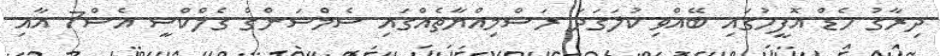
ދިރާގު ހެޑް އޮފީހުގައި ބޭއްވި ކުލަގަދަ ރަސްމިއްޔާތެއްގައި ސެމްސަންގް ގެލްކްސީ އެސް7 އާއި